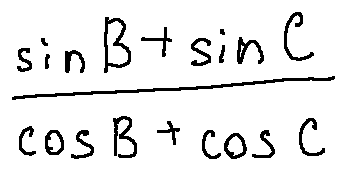
\frac { \sin B + \sin C } { \cos B + \cos C }